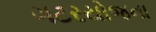
ગટરયોજના